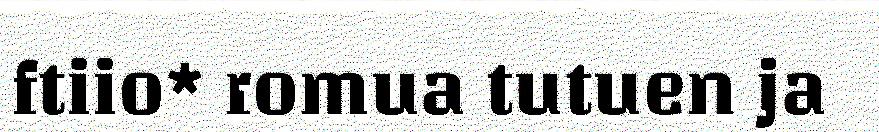
ftiio* romua tutuen ja